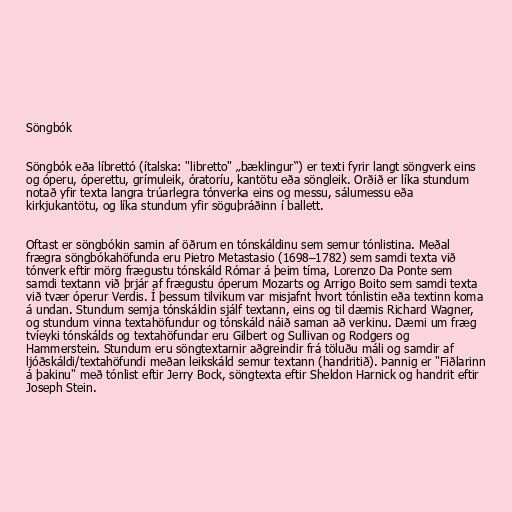
Söngbók

Söngbók eða líbrettó (ítalska: "libretto" „bæklingur“) er texti fyrir langt söngverk eins
og óperu, óperettu, grímuleik, óratoríu, kantötu eða söngleik. Orðið er líka stundum
notað yfir texta langra trúarlegra tónverka eins og messu, sálumessu eða
kirkjukantötu, og líka stundum yfir söguþráðinn í ballett.

Oftast er söngbókin samin af öðrum en tónskáldinu sem semur tónlistina. Meðal
frægra söngbókahöfunda eru Pietro Metastasio (1698–1782) sem samdi texta við
tónverk eftir mörg frægustu tónskáld Rómar á þeim tíma, Lorenzo Da Ponte sem
samdi textann við þrjár af frægustu óperum Mozarts og Arrigo Boito sem samdi texta
við tvær óperur Verdis. Í þessum tilvikum var misjafnt hvort tónlistin eða textinn koma
á undan. Stundum semja tónskáldin sjálf textann, eins og til dæmis Richard Wagner,
og stundum vinna textahöfundur og tónskáld náið saman að verkinu. Dæmi um fræg
tvíeyki tónskálds og textahöfundar eru Gilbert og Sullivan og Rodgers og
Hammerstein. Stundum eru söngtextarnir aðgreindir frá töluðu máli og samdir af
ljóðskáldi/textahöfundi meðan leikskáld semur textann (handritið). Þannig er "Fiðlarinn
á þakinu" með tónlist eftir Jerry Bock, söngtexta eftir Sheldon Harnick og handrit eftir
Joseph Stein.